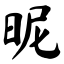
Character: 昵